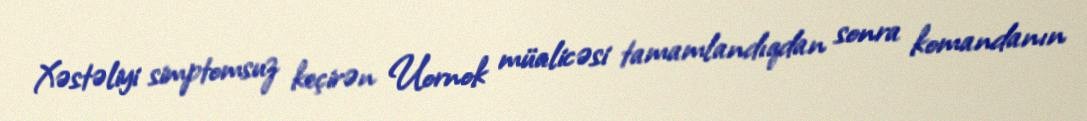
Xəstəliyi simptomsuz keçirən Uornok müalicəsi tamamlandıqdan sonra komandanın